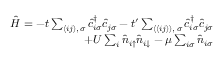
\begin{array} { r } { \hat { H } = - t \sum _ { \langle i j \rangle , \, \sigma } \hat { c } _ { i \sigma } ^ { \dagger } \hat { c } _ { j \sigma } - t ^ { \prime } \sum _ { \langle \langle i j \rangle \rangle , \, \sigma } \hat { c } _ { i \sigma } ^ { \dagger } \hat { c } _ { j \sigma } } \\ { + U \sum _ { i } \hat { n } _ { i \uparrow } \hat { n } _ { i \downarrow } - \mu \sum _ { i \sigma } \hat { n } _ { i \sigma } } \end{array}